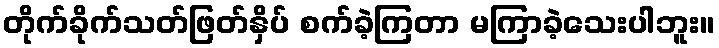
တိုက်ခိုက်သတ်ဖြတ်နှိပ် စက်ခဲ့ကြတာ မကြာခဲ့သေးပါဘူး။